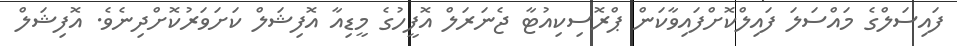
ފައިސަލްގެ މައްސަލަ ފައިލްކޮށްފައިވާކަން ޕްރޮސިކިއުޓާ ޖެނަރަލް އޮފީހުގެ މީޑިއާ އޮފިޝަލް ކަށަވަރުކޮށްދިނެވެ. އޮފިޝަލް